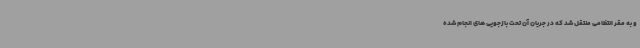
و به مقر انتظامی منتقل شد که در جریان آن تحت بازجویی های انجام شده